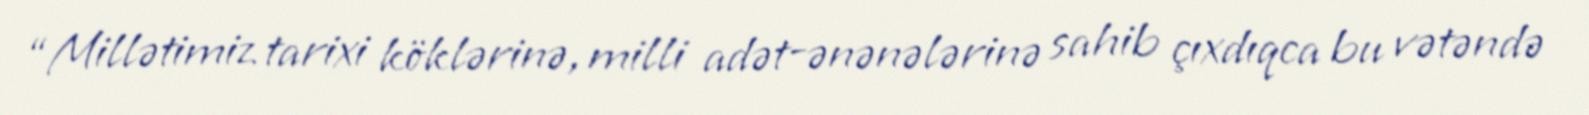
“Millətimiz tarixi köklərinə, milli adət-ənənələrinə sahib çıxdıqca bu vətəndə